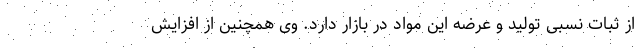
از ثبات نسبی تولید و عرضه این مواد در بازار دارد. وی همچنین از افزایش